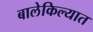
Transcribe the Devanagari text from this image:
बालेकिल्यात